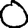
Digit: 0